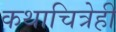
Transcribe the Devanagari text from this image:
कथाचित्रेही